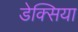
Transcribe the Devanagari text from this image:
डेक्सिया